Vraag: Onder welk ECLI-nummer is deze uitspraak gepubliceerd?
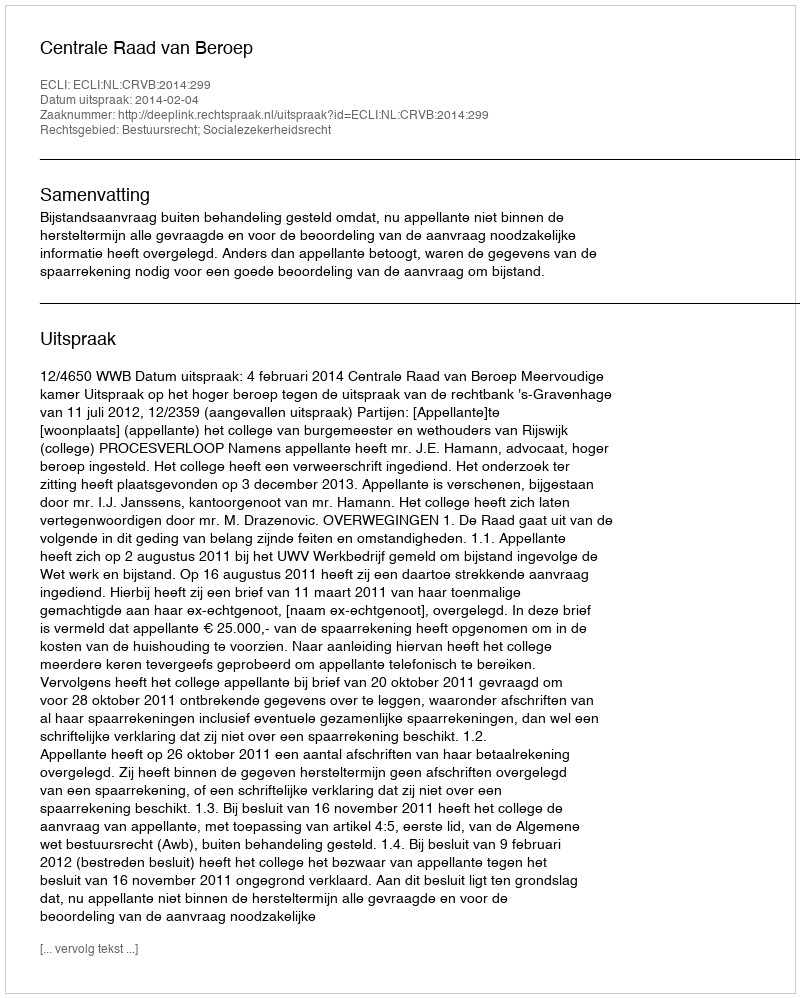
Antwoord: ECLI:NL:CRVB:2014:299